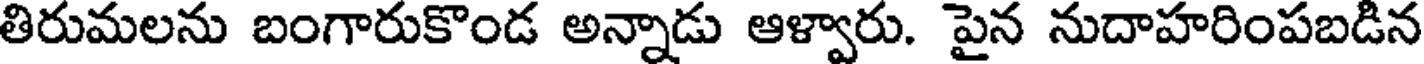
తిరుమలను బంగారుకొండ అన్నాడు ఆళ్వారు. పైన నుదాహరింపబడిన